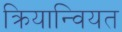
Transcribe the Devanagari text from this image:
क्रियान्वियत